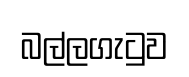
බල්ලගැටුව